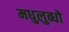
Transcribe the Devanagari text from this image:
मधुलुब्धो